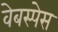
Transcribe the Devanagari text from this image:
वेबस्पेस